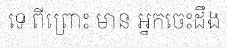
ទេ ពីព្រោះ មាន អ្នកចេះដឹង